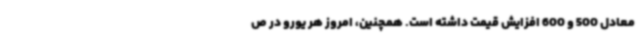
معادل 500 و 600 افزایش قیمت داشته است. همچنین، امروز هر یورو در ص